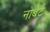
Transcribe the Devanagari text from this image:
नोबेर्ट